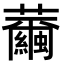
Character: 𦇂